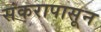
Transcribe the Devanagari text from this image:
संकरापासून